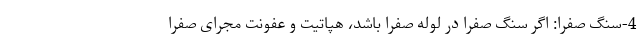
4-سنگ صفرا: اگر سنگ صفرا در لوله صفرا باشد، هپاتیت و عفونت مجرای صفرا